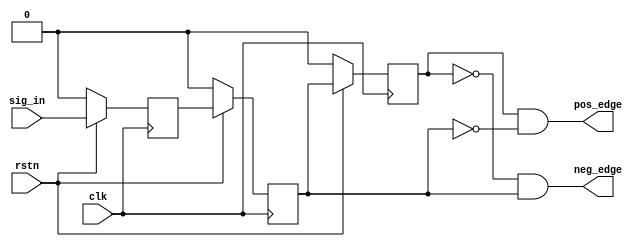
`timescale 1ns / 1ps
//////////////////////////////////////////////////////////////////////////////////
// Company: 
// Engineer: 
// 
// Design Name: 
// Module Name: Edge_capture
// Project Name: 
// Target Devices: 
// Tool Versions: 
// Description: 
// 
// Dependencies: 
// 
// Revision:
// Revision 0.01 - File Created
// Additional Comments:
// 
//////////////////////////////////////////////////////////////////////////////////


module Edge_capture(
    input                clk,
    input                rstn,
    input                sig_in,
    output               pos_edge,
    output               neg_edge
);
    reg sig_r1, sig_r2, sig_r3;

    always @(posedge clk) begin
        if (!rstn) begin
            sig_r1 <= 0;
            sig_r2 <= 0;
            sig_r3 <= 0;
        end
        else begin
            sig_r1 <= sig_in;
            sig_r2 <= sig_r1;
            sig_r3 <= sig_r2;
        end
    end

    assign pos_edge = sig_r3 & ~sig_r2;
    assign neg_edge = ~sig_r3 & sig_r2;
endmodule